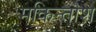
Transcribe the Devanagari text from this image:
मकिन्तोश